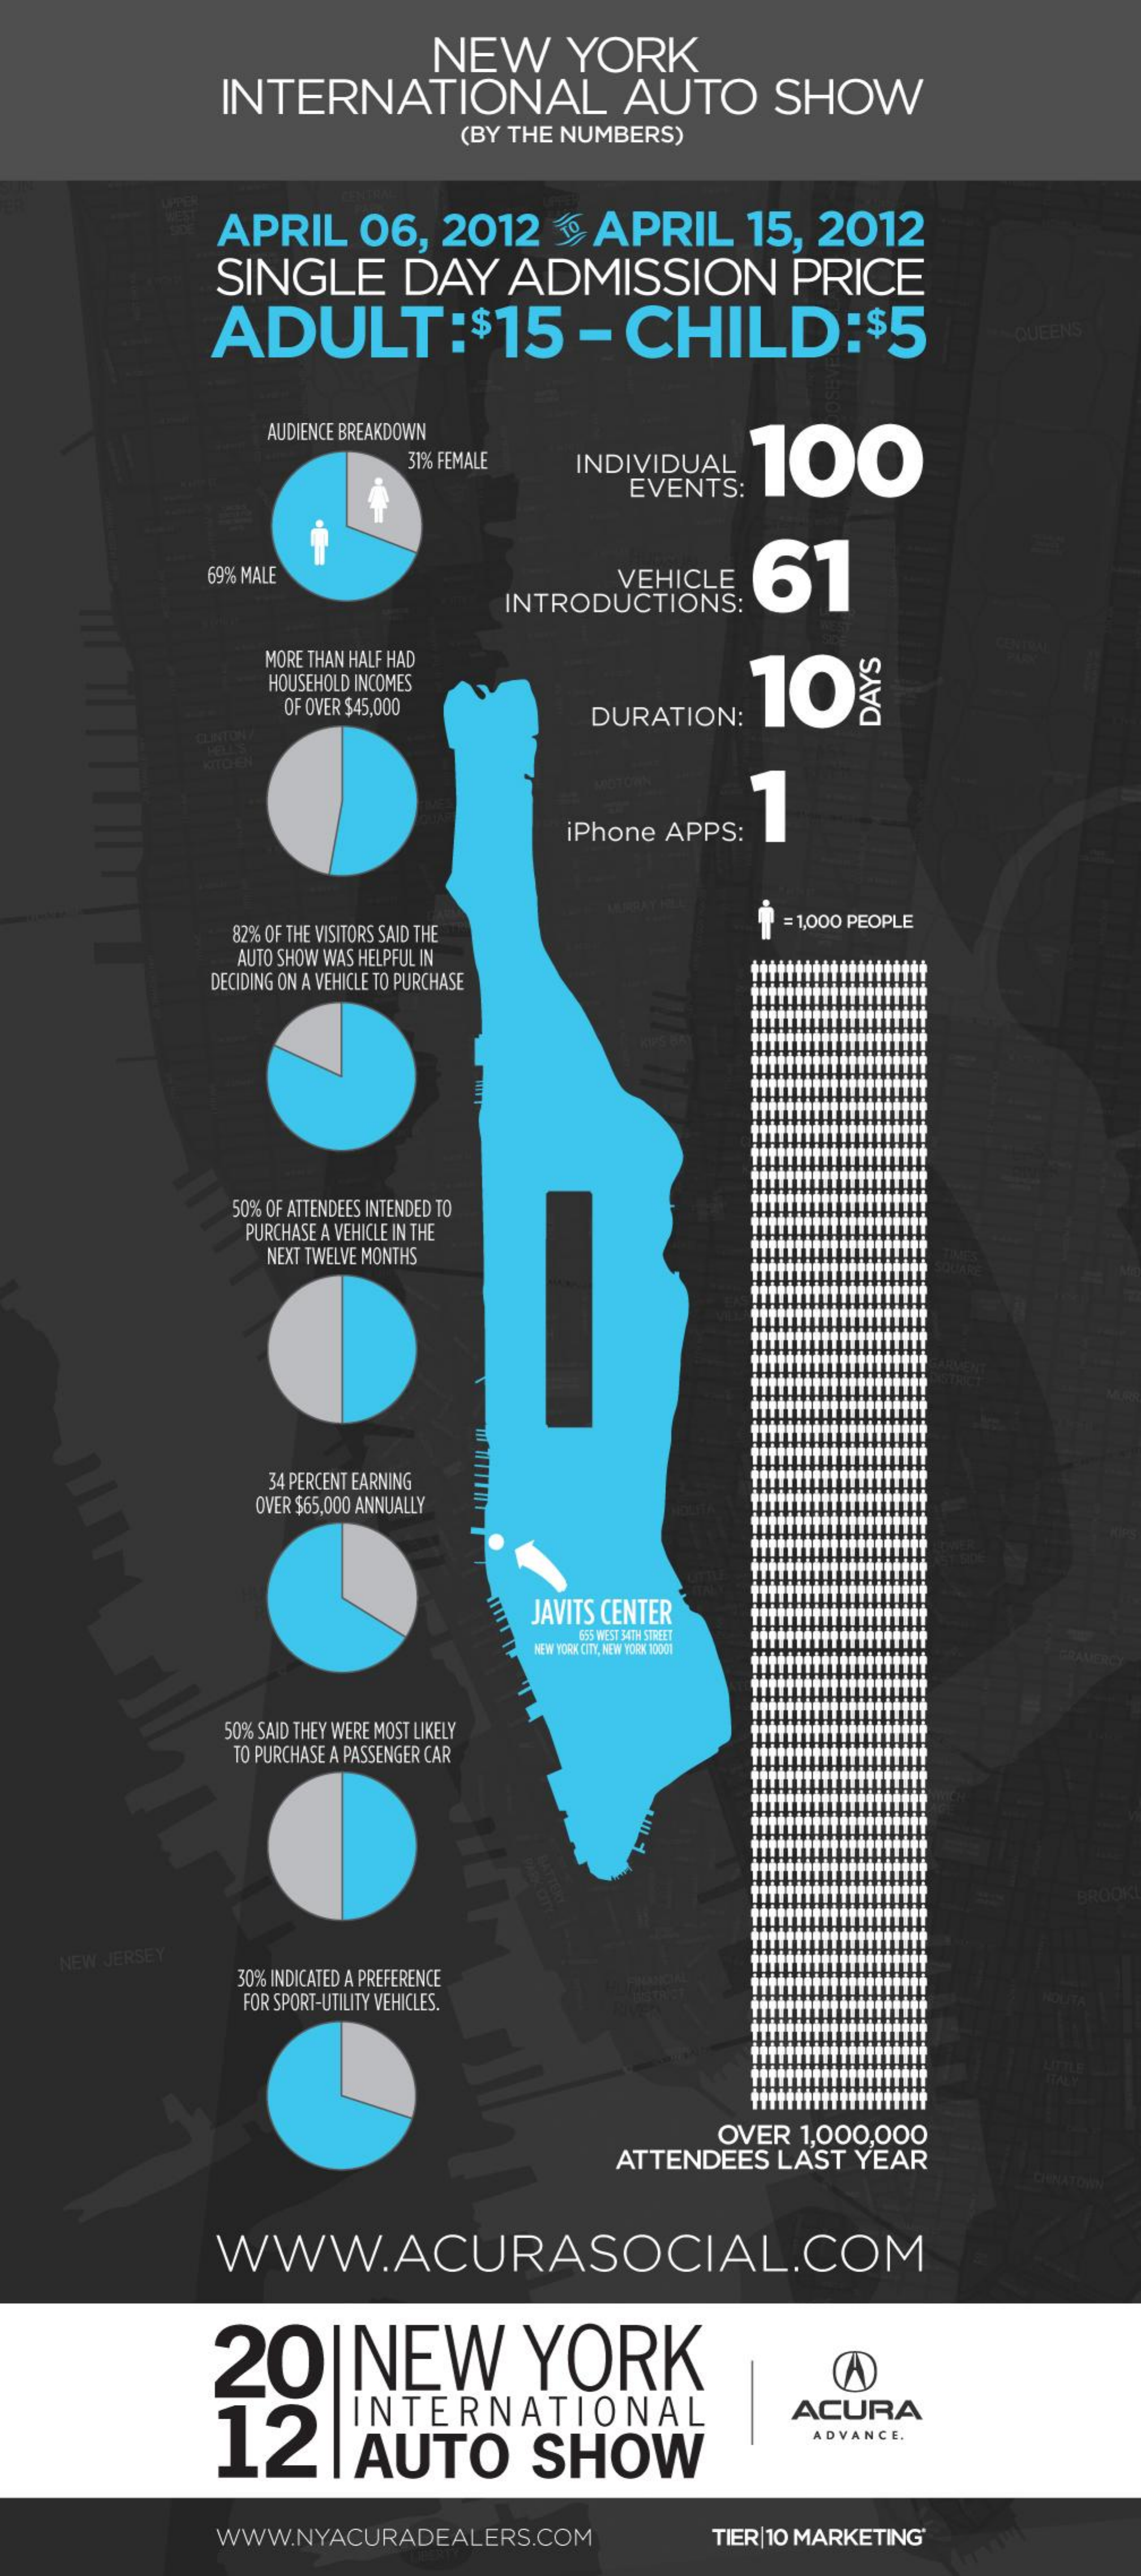
NEW    YORK
     INTERNATIONAL    AUTO    SHOW
     (BY THE NUMBERS)
     APRIL   06, 2012   . APRIL   15, 2012
     SINGLE    DAY   ADMISSION    PRICE
     ADULT:$15    - CHILD:$5    QUEENS
     AUDIENCE BREAKDOWN
     100 31% FEMALE INDIVIDUAL
     EVENTS:
     69% MALE    VEHICLE 61
     INTRODUCTIONS:
     MORE THAN HALF HAD
     HOUSEHOLD INCOMES    10
     OF OVER $45,000  DURATION:
     CLINTON
     DAYS
     KITCHEN
     MIDTOWN
     iPhone APPS:
     82% OF THE VISITORS SAID THE
     = 1,000 PEOPLE
     AUTO SHOW WAS HELPFUL IN
     DECIDING ON A VEHICLE TO PURCHASE
     50% OF ATTENDEES INTENDED TO
     PURCHASE A VEHICLE IN THE
     NEXT TWELVE MONTHS
     34 PERCENT EARNING
     OVER $65,000 ANNUALLY
     JAVITS CENTER
     655 WEST 34TH STREET
     NEW YORK CITY, NEW YORK 10001
     50% SAID THEY WERE MOST LIKELY
     TO PURCHASE A PASSENGER CAR
     BATTERY
     BROOKL
    NEW JERSEY
     30% INDICATED A PREFERENCE
     FOR SPORT-UTILITY VEHICLES.    NOLITA
     OVER 1,000,000
     ATTENDEES LAST YEAR
     WWW.ACURASOCIAL.COM
     20|NEW    YORK    A
     12
     INTERNATIONAL    ACURA
     I AUTO    SHOW
     ADVANCE.
     WWW.NYACURADEALERS.COM    TIER|10 MARKETING*